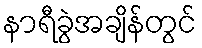
နာရီခွဲအချိန်တွင်